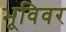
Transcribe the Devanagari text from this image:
भूविवर